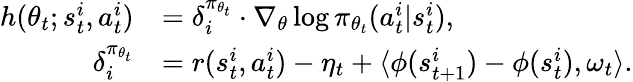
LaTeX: \begin{array}{rl}{h(\theta_{t};s_{t}^{i},a_{t}^{i})}&{=\delta_{i}^{\pi_{\theta_{t}}}\cdot\nabla_{\theta}\log\pi_{\theta_{t}}(a_{t}^{i}|s_{t}^{i}),}\\ {\delta_{i}^{\pi_{\theta_{t}}}}&{=r(s_{t}^{i},a_{t}^{i})-\eta_{t}+\langle\phi(s_{t+1}^{i})-\phi(s_{t}^{i}),\omega_{t}\rangle.}\end{array}